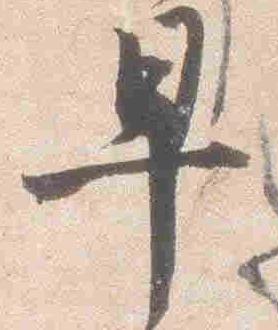
早